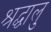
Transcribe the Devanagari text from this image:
श्रद्घालु